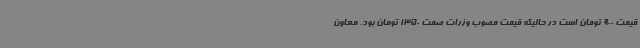
قیمت 900 تومان است در حالیکه قیمت مصوب وزرات صمت 1350 تومان بود. معاون